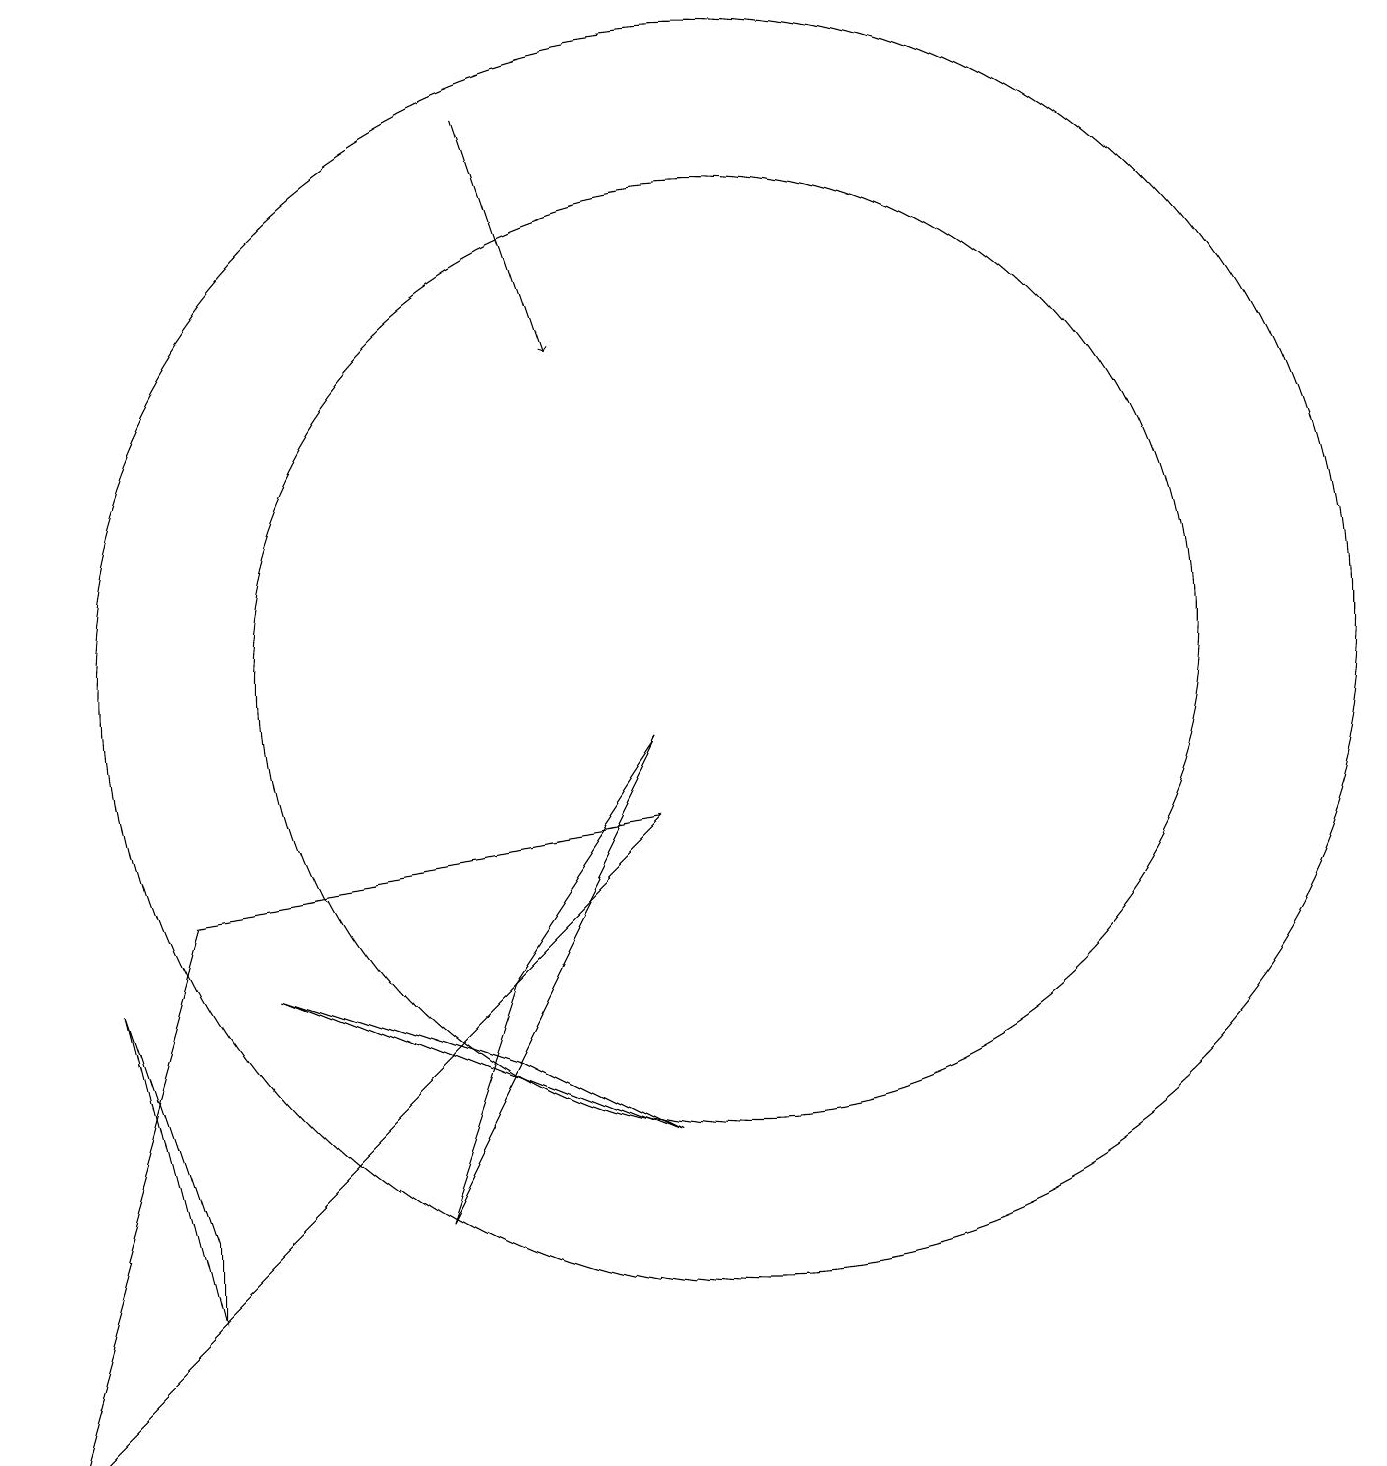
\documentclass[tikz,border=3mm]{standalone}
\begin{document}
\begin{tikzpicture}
\draw (10,10) circle (8);
\draw (6,3) -- (7,6) -- (9,9) -- cycle;
\draw[->] (7,17) -- (8,14);
\draw (3,2) -- (3,3) -- (2,6) -- cycle;
\draw (7,5) -- (4,6) -- (9,4) -- cycle;
\draw (10,10) circle (6);
\draw (3,7) -- (1,0) -- (9,8) -- cycle;
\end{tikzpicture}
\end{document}